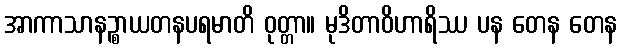
အာကာသာနဉ္စာယတနပရမာတိ ဝုတ္တာ။ မုဒိတာဝိဟာရိဿ ပန တေန တေန